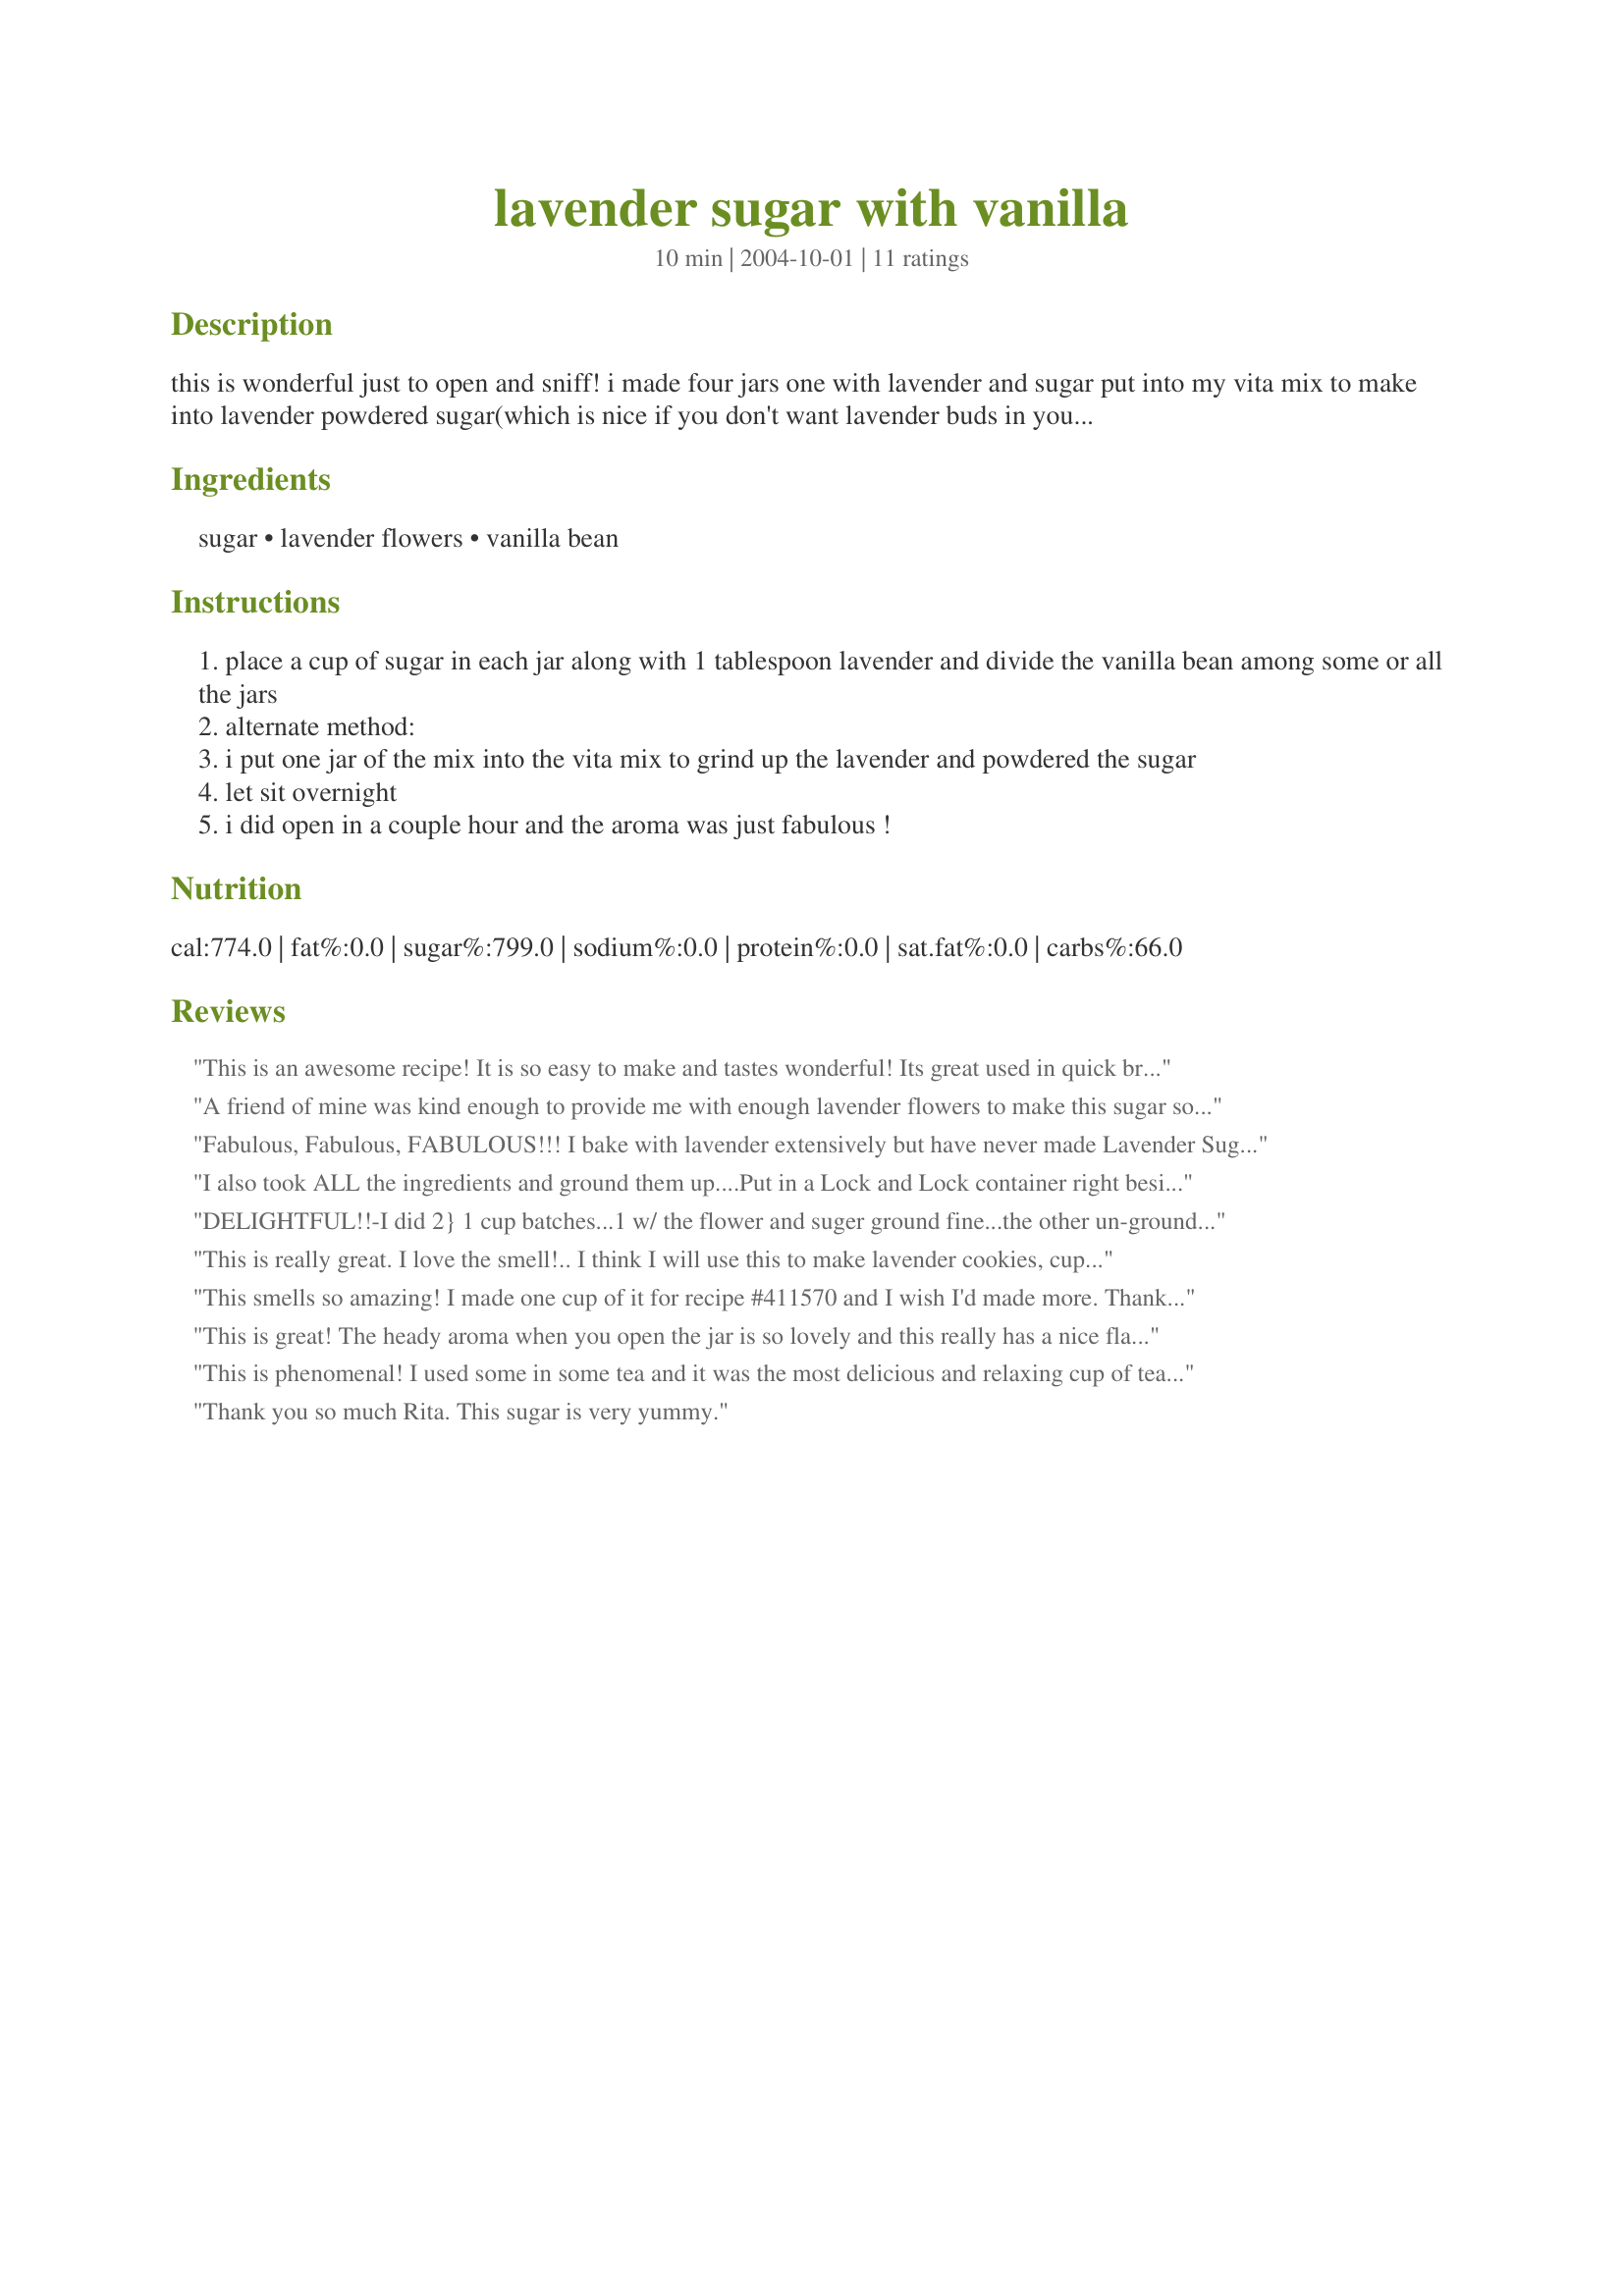
lavender sugar with vanilla
Preparation time: 10 minutes

this is wonderful just to open and sniff! i made four jars one with lavender and sugar put into my vita mix to make into lavender powdered sugar(which is nice if you don't want lavender buds in your baking. or to add to a cup of comforting tea), then jarred two with lavender and the fourth i put in a vanilla bean. can be used in cake or cookie mixes, a cup of tea, in a frosting or glaze, salad dressing or just take a sniff every now and again! a great way to make the summer stay a little longer! i also made lavender jelly with it! makes a great gift.

Ingredients:
sugar, lavender flowers, vanilla bean

Steps:
place a cup of sugar in each jar along with 1 tablespoon lavender and divide the vanilla bean among some or all the jars
alternate method:
i put one jar of the mix into the vita mix to grind up the lavender and powdered the sugar
let sit overnight
i did open in a couple hour and the aroma was just fabulous !

Reviews:
This is an awesome recipe! It is so easy to make and tastes wonderful! Its great used in quick breads, muffins or scones or added to tea or granola. We loved it and so do our friends who received this as part of a birthday gift-basket. <br/>THANK YOU SO MUCH for sharing this great recipe here, Rita!<br/>Made and reviewed for Veggie Swap #28 November 2010.
A friend of mine was kind enough to provide me with enough lavender flowers to make this sugar so that I could include it in yet another recipe I'd chosen in the current round of PAC! So, I'm now prepared & your recipe is a great keeper, as well, says my friend, to whom I gifted a cup of your sugar! Many thanks, Rita!
Fabulous, Fabulous, FABULOUS!!! I bake with lavender extensively but have never made Lavender Sugar before. What cinched it for me was the addition of the Vanilla Bean! My lavender flowers must have been too intense; I ended up needing to use 1.5 cups of sugar rather than the 1 cup required; also added 2 vanilla beans, chopped into 4 pieces each. I shook the container each day for a week and ended up with a gorgeously infused amount of sugar for baking and tea. I found this recipe in the PAC thread; so glad that I did!
I also took ALL the ingredients and ground them up....Put in a Lock and Lock container right beside my coffee maker...I am a tea drinker first and this will be used all the time....THANK YOU....THANK YOU!!!
DELIGHTFUL!!-I did 2} 1 cup batches...1 w/ the flower and suger ground fine...the other un-ground; & I split a 'nilla bean between...the smell is glorious...so far I have just kept opening the jar to get a breath of happiness :)!!!- can not wait to bake some Holiday sweets w/ it!!! Thanks Rita~ for a wonderful recipe share!!! <3
This is really great. I love the smell!.. I think I will use this to make lavender cookies, cupcakes or even the lavender cheesecake recipe I see here on Zaar. Also, I wll remember this when I need a hostess gift. Thanks!
This smells so amazing! I made one cup of it for recipe #411570 and I wish I'd made more. Thanks for sharing the recipe, Rita! :)
This is great! The heady aroma when you open the jar is so lovely and this really has a nice flavor. I added a spoonful to a cup of black tea with a little milk and it really flavored the tea nicely. A good idea for holiday gift giving as well, as this was incredibly easy. I used dried culinary lavender rather than fresh blossoms.
This is phenomenal! I used some in some tea and it was the most delicious and relaxing cup of tea I can remember having in a long time! Thanks my dear friend for sending me this! You are an angel! I am planning to make more of this and give as gifts. What a perfect treat for anyone you want to pamper or spoil! Thanks Rita!
Thank you so much Rita. This sugar is very yummy.
Smells amazing, tastes amazing. I use it for possibly every recipe that requires sugar.
